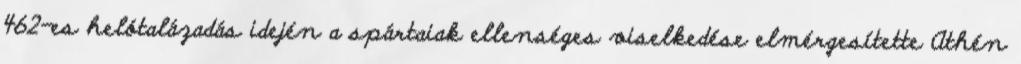
462-es helótalázadás idején a spártaiak ellenséges viselkedése elmérgesítette Athén